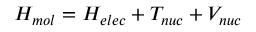
H _ { m o l } = H _ { e l e c } + T _ { n u c } + V _ { n u c }